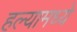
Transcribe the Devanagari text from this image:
हल्यामध्ये